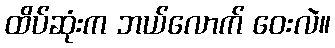
ထိပ်ဆုံးက ဘယ်လောက် ဝေးလဲ။